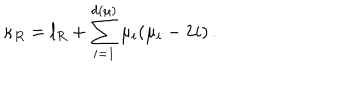
LaTeX: \kappa _ { R } = l _ { R } + \sum _ { i = 1 } ^ { d ( \mu ) } \mu _ { i } ( \mu _ { i } - 2 i ) \, .